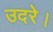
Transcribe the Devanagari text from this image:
उदरे।